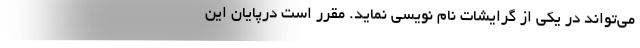
می‌تواند در یکی از گرایشات نام نویسی نماید. مقرر است درپایان این